Leaving Certificate, 1896
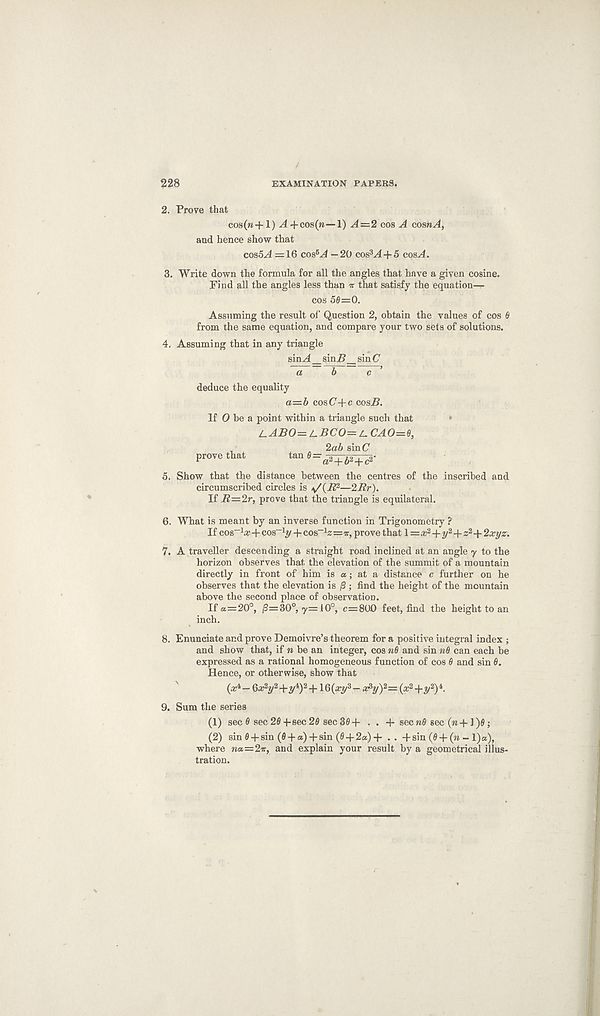
228
EXAMINATION PAPERS.
2. Prove that
cos(ra+l) A+cos(n—1) A=2 cos A cosnA,
and hence show that
coa5A =16 cos 5 A —20 cos 3 A + 5 cos A.
3. Write down the formula for all the angles that have a given cosine.
Find all the angles less than tt that satisfy the equation—
cos 50=0.
Assuming the result of Question 2, obtain the values of cos 0
from the same equation, and compare your two sets of solutions.
4. Assuming that in any triangle
sin^4 _ sin5_ sin C
a b c ’
deduce the equality
a=b cos(7+c cos.6.
If 0 be a point within a triangle such that
labo=lbco= jl CAO=e,
_
2ab sin (7
prove that
tan 0= a2+&2+c2 -
5. Show that the distance between the centres of the inscribed and
circumscribed circles is
—2Rr).
If R=2r, prove that the triangle is equilateral.
6. What is meant by an inverse function in Trigonometry ?
If cos -1 #+cos -1 ?/ + cos -1 2=?r, prove that 1 = # 2 +y 2 +z 2 -f 2xyz.
7. A traveller descending a straight road inclined at an angle y to the
horizon observes that the elevation of the summit of a mountain
directly in front of him is a; at a distance c further on he
observes that the elevation is [3 ; find the height of the mountain
above the second place of observation.
If a=20°, j9=30°, <y=.iO°, c=800 feet, find the height to an
inch.
8. Enunciate and prove Demoivre’s theorem for a positive integral index ;
and show that, if n be an integer, cos n0 and sin n6 can each be
expressed as a rational homogeneous function of cos 0 and sin 0.
Hence, or otherwise, show that
(cc*— Gx 2 y 2 +y 4 ) 2 +16(#3/ 3 — x s y) 2 = (x 2 +y 2 ) i .
9. Sum the series
(1) sec 0 sec 20 -|-sec 20 sec 30 + . . + sec n6 sec (n +1 )0;
(2) sin 0 + sin (0 + a) + sin (0 + 2a) + . . -f sin (0 + (n- l)a),
where wa=2ir, and explain your result by a geometrical illus-
tration.